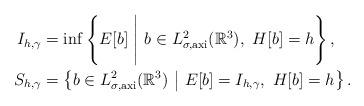
LaTeX: \begin{align*}I_{h,\gamma}&=\inf \left\{E[b] \ \Bigg|\ b \in L^{2}_{\sigma,\textrm{axi}}(\mathbb{R}^{3}),\ H[b]=h \right\},\\S_{h,\gamma}&=\left\{b\in L^{2}_{\sigma,\textrm{axi}}(\mathbb{R}^{3})\ \middle|\ E[b]=I_{h,\gamma},\ H[b]=h \right\}.\end{align*}